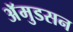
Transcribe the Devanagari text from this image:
अॅमुडसन